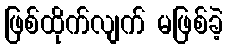
ဖြစ်ထိုက်လျက် မဖြစ်ခဲ့